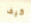
كيف